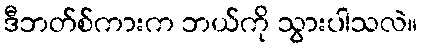
ဒီဘတ်စ်ကားက ဘယ်ကို သွားပါသလဲ။